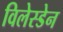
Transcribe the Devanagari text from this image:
विलेस्डेन